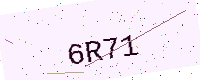
Text: 6R71